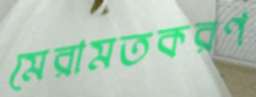
মেরামতকরণ